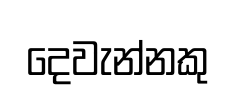
දෙවැන්නකු